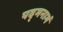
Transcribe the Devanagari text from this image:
पद्‌मनाभं